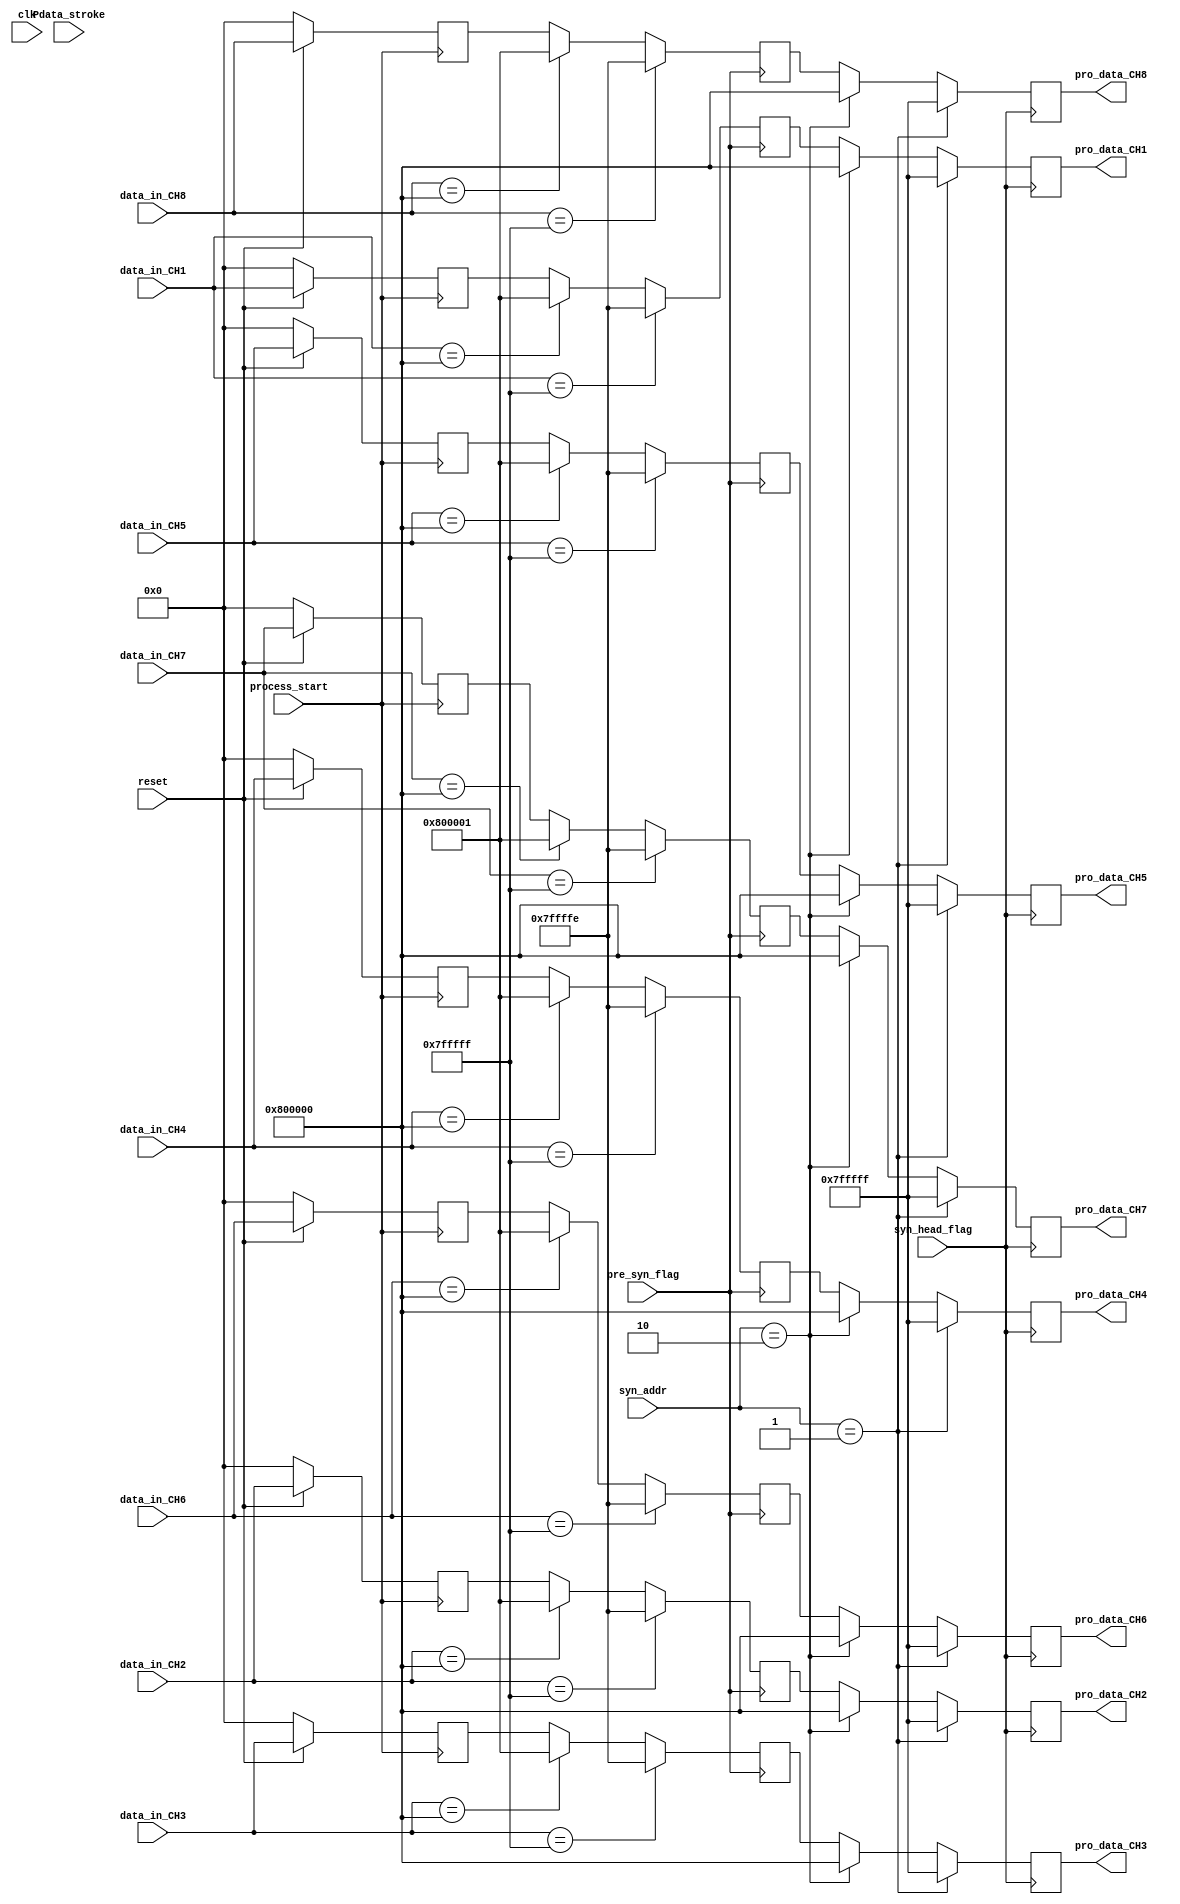
`timescale 1ns / 1ps
//////////////////////////////////////////////////////////////////////////////////
// Company: 
// Engineer: 
// 
// Design Name: 
// Module Name:    process 
// Project Name: 
// Target Devices: 
// Tool versions: 
// Description: 
//
// Dependencies: 
//
// Revision: 
// Revision 0.01 - File Created
// Additional Comments: 
//
//////////////////////////////////////////////////////////////////////////////////
module process(
    input clk,
   // input en,
    input reset,
	 
	 input Pdata_stroke,     //Serial to parallel 8 channel 24bits convert finish
	 input process_start,    //a new sample point s2p finish
	 input [1:0] syn_addr,   //from syn head source 1 or 2
	 input pre_syn_flag,     //stroke for 7ffffff 800000 check
	 input syn_head_flag,    //syn head
	 
	 	 
  	 input [23:0] data_in_CH1,
	 input [23:0] data_in_CH2,
	 input [23:0] data_in_CH3,
	 input [23:0] data_in_CH4,
	 input [23:0] data_in_CH5,
	 input [23:0] data_in_CH6,
	 input [23:0] data_in_CH7,
	 input [23:0] data_in_CH8,
	 
    output [23:0] pro_data_CH1,
	 output [23:0] pro_data_CH2,
	 output [23:0] pro_data_CH3,
	 output [23:0] pro_data_CH4,
	 output [23:0] pro_data_CH5,
	 output [23:0] pro_data_CH6,
	 output [23:0] pro_data_CH7,
	 output [23:0] pro_data_CH8
    );

/////reg for DSP///////
reg [23:0]data_CH1_reg,data_CH2_reg,data_CH3_reg,data_CH4_reg,data_CH5_reg,data_CH6_reg,data_CH7_reg,data_CH8_reg;	 
////reg for syn process
reg [23:0]pro_data_CH1_reg,pro_data_CH2_reg,pro_data_CH3_reg,pro_data_CH4_reg,pro_data_CH5_reg,pro_data_CH6_reg,pro_data_CH7_reg,pro_data_CH8_reg;
reg [23:0]pro_data_CH1_temp,pro_data_CH2_temp,pro_data_CH3_temp,pro_data_CH4_temp,pro_data_CH5_temp,pro_data_CH6_temp,pro_data_CH7_temp,pro_data_CH8_temp;

/*wire [23:0]Xn,ancout;
///////////////////Add process here//////////
anc1 ANC(
    .clk(clk),        //10MHz
	 .clkdv(process_start),    //
	 .en(1),
	 .reset(~reset),	 
	 .Sn0(data_in_CH1),
	 .Rn0(data_in_CH2),
	 .ancout(ancout),
	 .Xnout(Xn)
);*/
	 
always @(posedge process_start)
begin
  if (reset==0)
    begin
	   data_CH1_reg<=0;
		data_CH2_reg<=0;
		data_CH3_reg<=0;
		data_CH4_reg<=0;
		data_CH5_reg<=0;
		data_CH6_reg<=0;
		data_CH7_reg<=0;
		data_CH8_reg<=0;	 

	 end
  else
    begin
      data_CH1_reg<=data_in_CH1;
		data_CH2_reg<=data_in_CH2;
		data_CH3_reg<=data_in_CH3;
		data_CH4_reg<=data_in_CH4;
		data_CH5_reg<=data_in_CH5;
		data_CH6_reg<=data_in_CH6;
		data_CH7_reg<=data_in_CH7;
		data_CH8_reg<=data_in_CH8;
    end	 
end
///////////////////////////////////////////////
////////syn head prepare/////////////////
always @(posedge pre_syn_flag)
begin
  if(data_in_CH1==24'h7fffff)
    begin
	   pro_data_CH1_temp<=24'h7ffffe;
	 end
  else if (data_in_CH1==24'h800000)
	 begin
	   pro_data_CH1_temp<=24'h800001;
	 end 
	  else 
	    begin
		   pro_data_CH1_temp<=data_CH1_reg;
		 end
end

always @(posedge pre_syn_flag)
begin
  if(data_in_CH2==24'h7fffff)
    begin
	   pro_data_CH2_temp<=24'h7ffffe;
	 end
  else if (data_in_CH2==24'h800000)
	 begin
	   pro_data_CH2_temp<=24'h800001;
	 end 
	 else 
	    begin
		   pro_data_CH2_temp<=data_CH2_reg;
		 end
end
always @(posedge pre_syn_flag)
begin
  if(data_in_CH3==24'h7fffff)
    begin
	   pro_data_CH3_temp<=24'h7ffffe;
	 end
  else if (data_in_CH3==24'h800000)
	 begin
	   pro_data_CH3_temp<=24'h800001;
	 end 
	  else 
	    begin
		   pro_data_CH3_temp<=data_CH3_reg;
		 end
end
always @(posedge pre_syn_flag)
begin
  if(data_in_CH4==24'h7fffff)
    begin
	   pro_data_CH4_temp<=24'h7ffffe;
	 end
  else if (data_in_CH4==24'h800000)
	 begin
	   pro_data_CH4_temp<=24'h800001;
	 end 
	 else 
	    begin
		   pro_data_CH4_temp<=data_CH4_reg;
		 end
end
always @(posedge pre_syn_flag)
begin
  if(data_in_CH5==24'h7fffff)
    begin
	   pro_data_CH5_temp<=24'h7ffffe;
	 end
  else if (data_in_CH5==24'h800000)
	 begin
	   pro_data_CH5_temp<=24'h800001;
	 end 
	 else 
	    begin
		   pro_data_CH5_temp<=data_CH5_reg;
		 end
end
always @(posedge pre_syn_flag)
begin
  if(data_in_CH6==24'h7fffff)
    begin
	   pro_data_CH6_temp<=24'h7ffffe;
	 end
  else if (data_in_CH6==24'h800000)
	 begin
	   pro_data_CH6_temp<=24'h800001;
	 end 
	 else 
	    begin
		   pro_data_CH6_temp<=data_CH6_reg;
		 end
end
always @(posedge pre_syn_flag)
begin
  if(data_in_CH7==24'h7fffff)
    begin
	   pro_data_CH7_temp<=24'h7ffffe;
	 end
  else if (data_in_CH7==24'h800000)
	 begin
	   pro_data_CH7_temp<=24'h800001;
	 end 
	 else 
	    begin
		   pro_data_CH7_temp<=data_CH7_reg;
		 end
end
always @(posedge pre_syn_flag)
begin
  if(data_in_CH8==24'h7fffff)
    begin
	   pro_data_CH8_temp<=24'h7ffffe;
	 end
  else if (data_in_CH8==24'h800000)
	 begin
	   pro_data_CH8_temp<=24'h800001;
	 end 
	 else 
	    begin
		   pro_data_CH8_temp<=data_CH8_reg;
		 end
end


//////////////////////////////////////////////
////////syn head add////////////////////
always @(posedge syn_head_flag)
begin
  if (syn_addr==1)
    begin
	    pro_data_CH1_reg<=24'h7fffff;
		 pro_data_CH2_reg<=24'h7fffff;
		 pro_data_CH3_reg<=24'h7fffff;
		 pro_data_CH4_reg<=24'h7fffff;
		 pro_data_CH5_reg<=24'h7fffff;
		 pro_data_CH6_reg<=24'h7fffff;
		 pro_data_CH7_reg<=24'h7fffff;
		 pro_data_CH8_reg<=24'h7fffff;
	 end
  else if(syn_addr==2)
    begin
       pro_data_CH1_reg<=24'h800000;
		 pro_data_CH2_reg<=24'h800000;
		 pro_data_CH3_reg<=24'h800000;
		 pro_data_CH4_reg<=24'h800000;
		 pro_data_CH5_reg<=24'h800000;
		 pro_data_CH6_reg<=24'h800000;
		 pro_data_CH7_reg<=24'h800000;
		 pro_data_CH8_reg<=24'h800000;
    end
  else	 
	 begin
	   pro_data_CH1_reg<=pro_data_CH1_temp;
		pro_data_CH2_reg<=pro_data_CH2_temp;
		pro_data_CH3_reg<=pro_data_CH3_temp;
		pro_data_CH4_reg<=pro_data_CH4_temp;
		pro_data_CH5_reg<=pro_data_CH5_temp;
		pro_data_CH6_reg<=pro_data_CH6_temp;
		pro_data_CH7_reg<=pro_data_CH7_temp;
		pro_data_CH8_reg<=pro_data_CH8_temp;
	 end
end

assign pro_data_CH1=pro_data_CH1_reg;
assign pro_data_CH2=pro_data_CH2_reg;
assign pro_data_CH3=pro_data_CH3_reg;
assign pro_data_CH4=pro_data_CH4_reg;
assign pro_data_CH5=pro_data_CH5_reg;
assign pro_data_CH6=pro_data_CH6_reg;
assign pro_data_CH7=pro_data_CH7_reg;
assign pro_data_CH8=pro_data_CH8_reg;



endmodule